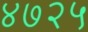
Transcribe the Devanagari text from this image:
४७२५